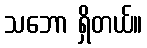
သဘော ရှိတယ်။